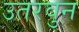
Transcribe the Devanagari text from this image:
उतरवुन